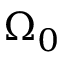
\Omega _ { 0 }